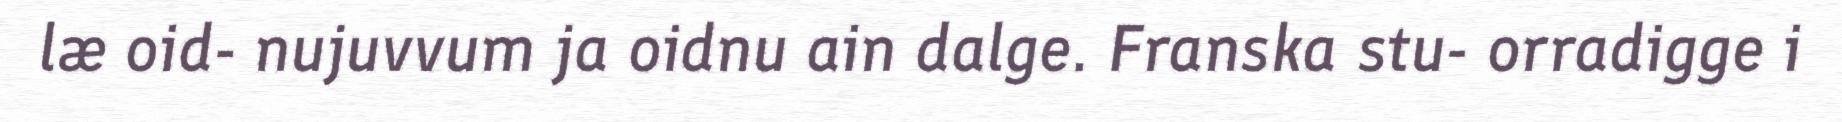
læ oid- nujuvvum ja oidnu ain dalge. Franska stu- orradigge i